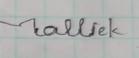
Signature authenticity: forged